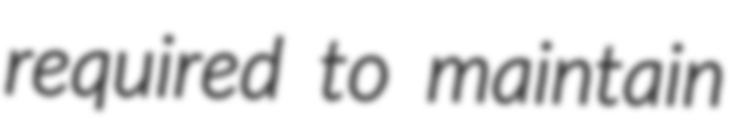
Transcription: required to maintain